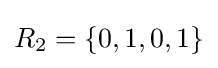
R_{2}=\{0,1,0,1\}